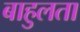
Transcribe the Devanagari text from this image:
बाहुलता